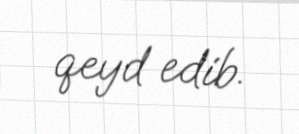
qeyd edib.